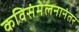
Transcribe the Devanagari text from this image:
कविसंमेलनानंतर